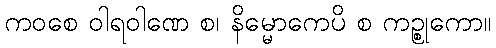
ကဝစေ ဝါရဝါဏေ စ၊ နိမ္မောကေပိ စ ကဉ္စုကော။